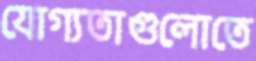
যোগ্যতাগুলোতে